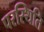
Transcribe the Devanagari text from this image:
परस्थिति